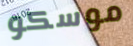
موسكو